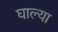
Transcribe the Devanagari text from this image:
घाल्या